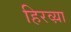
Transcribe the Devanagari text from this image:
हिरव्य़ा